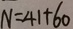
N = 4 1 + 6 0